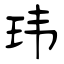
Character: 玮